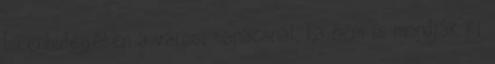
Istenhidegében a városi tanácsnál, ha nem is mondják ki